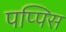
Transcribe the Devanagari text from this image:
पप्पिस